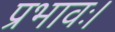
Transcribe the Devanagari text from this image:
प्रभावः।